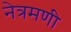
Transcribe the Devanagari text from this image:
नेत्रमणी